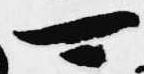
可